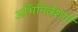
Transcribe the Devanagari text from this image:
अभिनिवेशाने